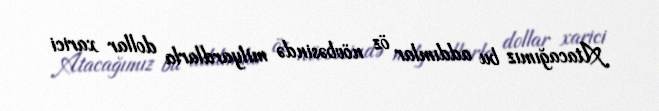
Atacağımız bu addımlar öz növbəsində milyardlarla dollar xarici